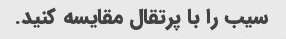
سیب را با پرتقال مقایسه کنید.